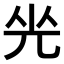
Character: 𠒃